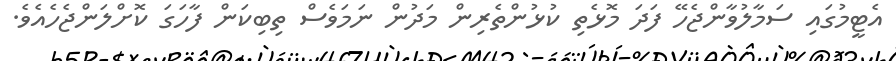
އެޓީމުގައި ސަމާލުވާންޖެހޭ ފަދަ މޮޅެތި ކުޅުންތެރިން މަދުން ނަމަވެސް ތިބިކަން ފާހަގަ ކޮށްލަންޖެހެއެވެ.